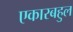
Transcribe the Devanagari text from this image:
एकारबहुल